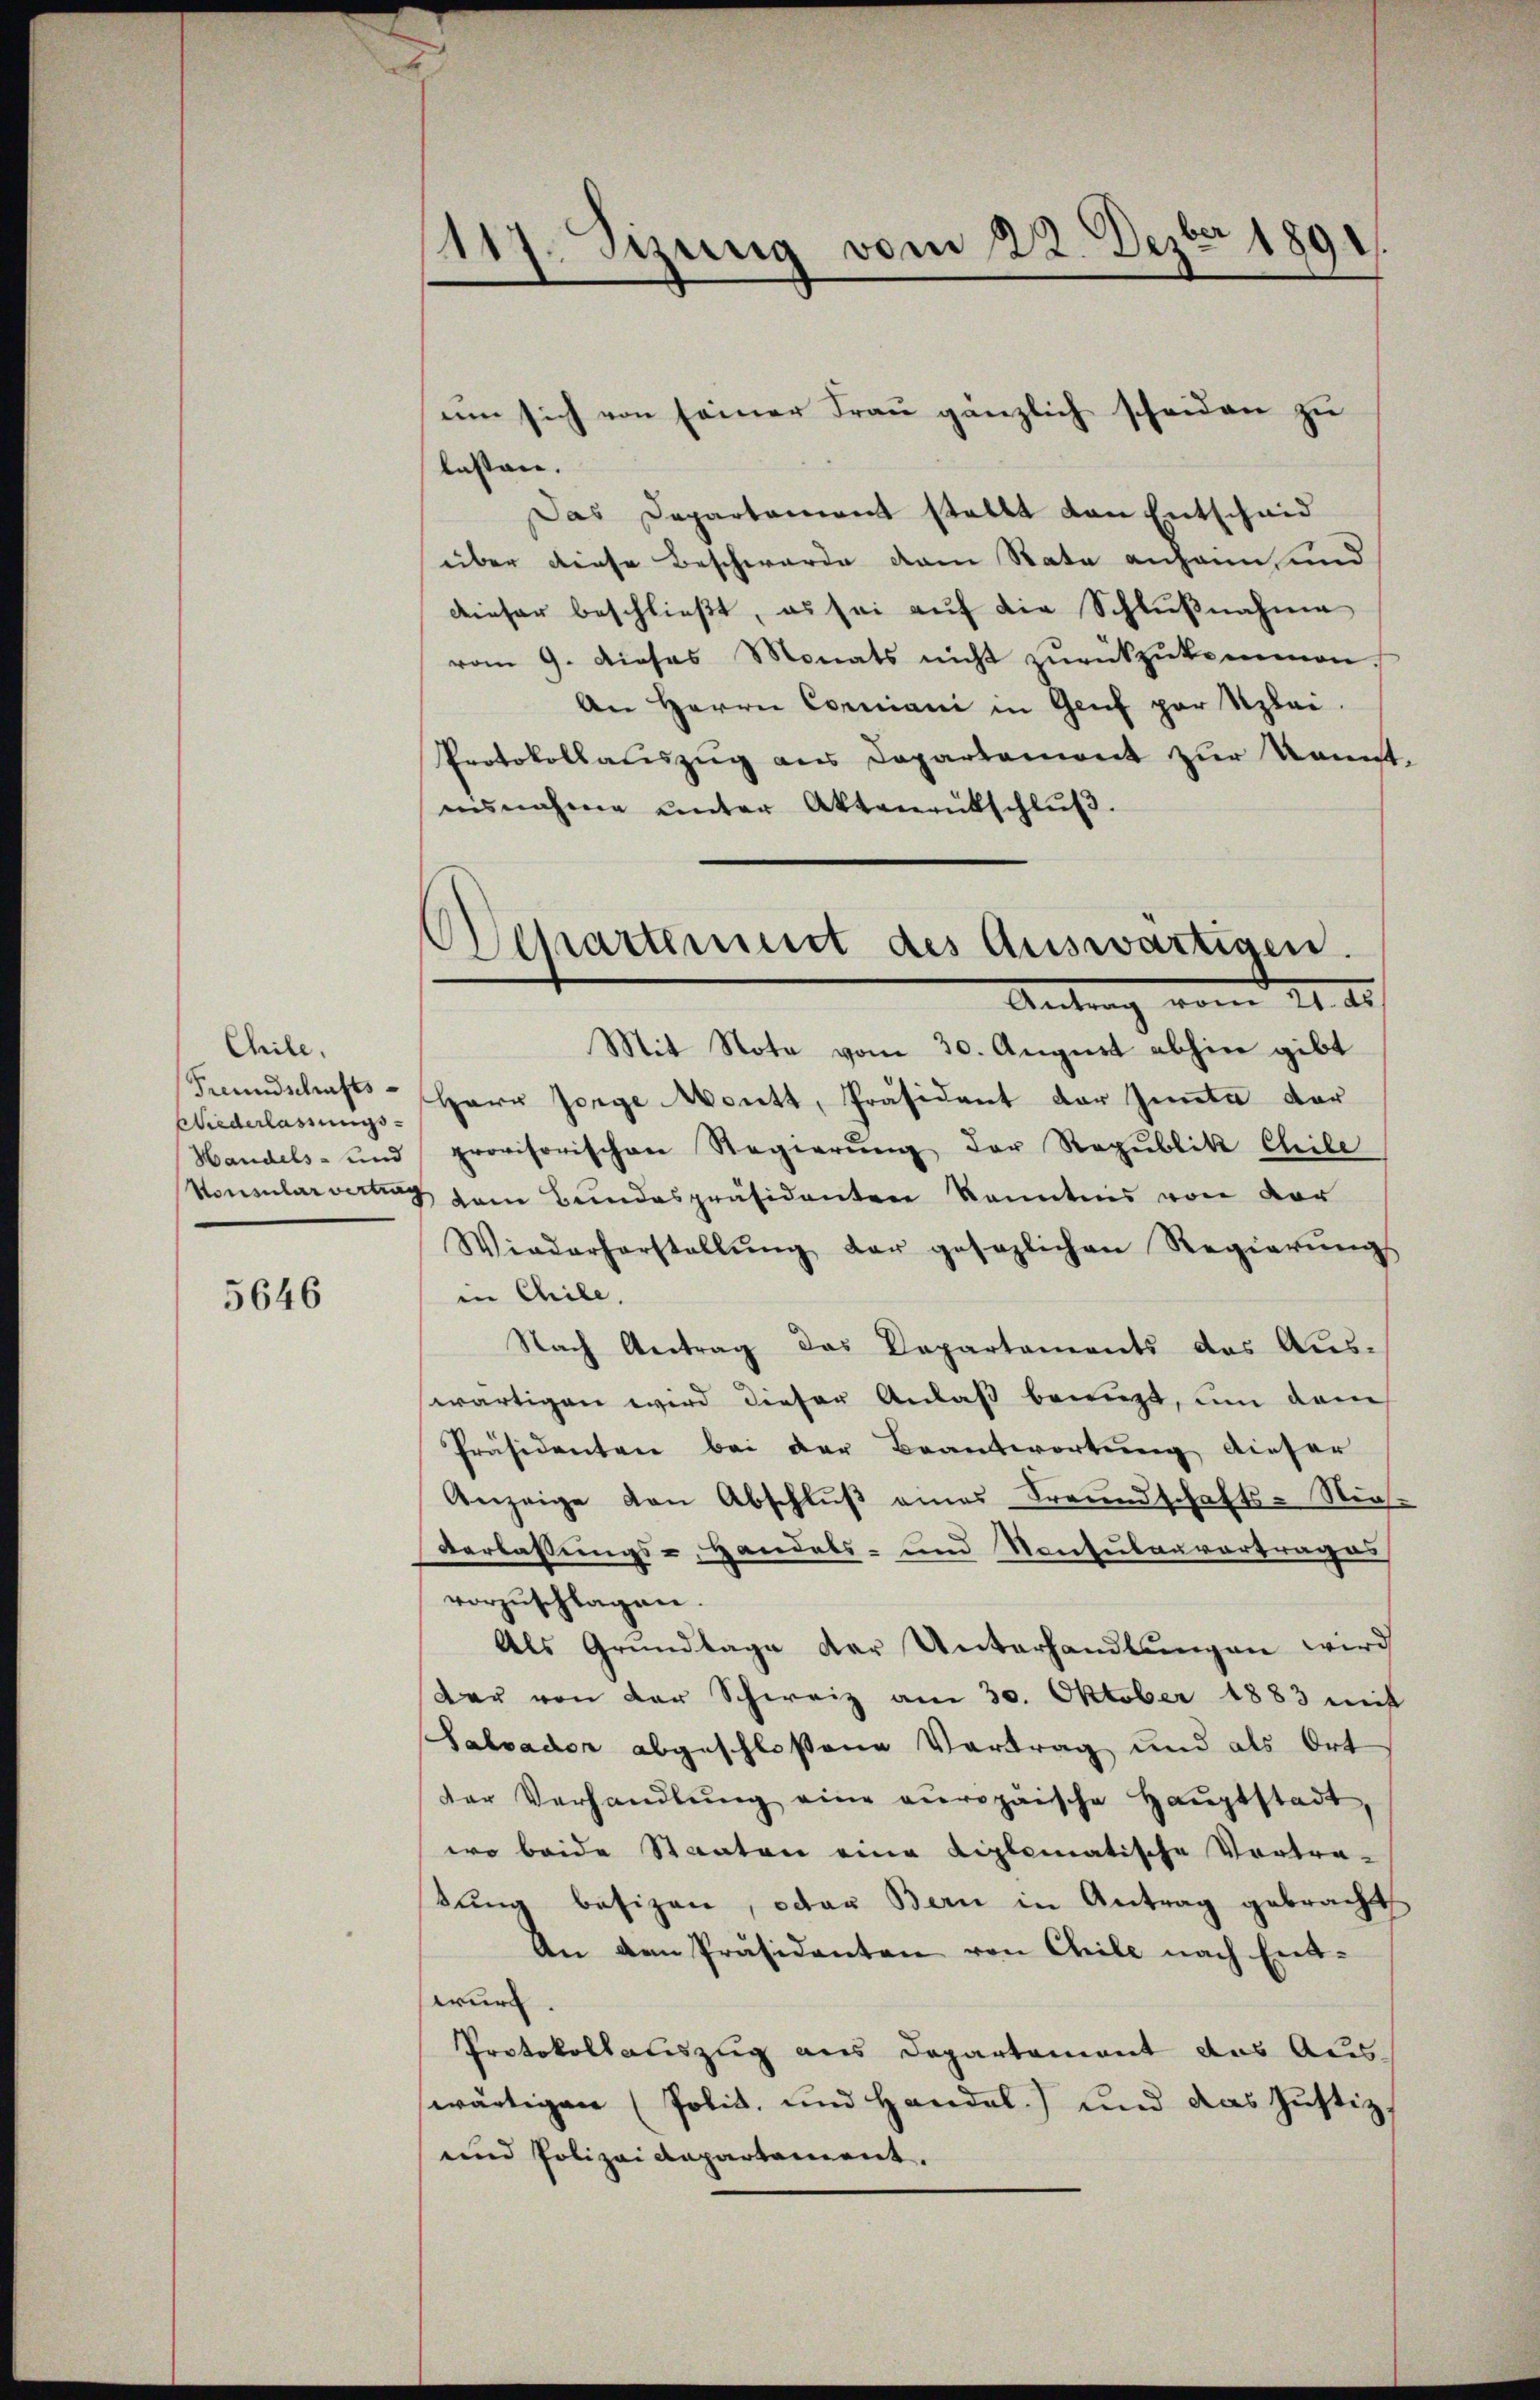
Chile,
Freundschafts-
Wiederlassungs-

5646

1117. Sizung vom 22. Dezbr 1891.

um sich von seiner Frau gänzlich scheiden zu
lasten.
Das Departement stellt von Entscheid
über diese Beschwerde dem Rate anheim und
dieser beschließt, es sei auf die Schlußnahme
vom 9. dieses Monats nicht zŭrückzukommen.
An Herrn Corniani in Genf par Szlai.
Protokollauszug aus Departemont zur kannt,
nisnahme ŭnter Aktenrütschlŭβ.
Mit Note vom 30. August abhin gibt
Herr Jorge Mentt, Präsident der Innte der
Handels- und provisorischen Regierŭng der Regŭblik Chile
Konsularvertung vom Bundespräsidenten kanntnis von der
Wiederherstallŭng der gesezlichen Regierŭngs
in Chile.
Nach Vertrag das Departements des Aus-
wärtigen wird dieser Anlaß benuzt, um dem
Präsidenten bei der Beantwortung dieser
Anzeige von Abschlŭβ eines Freundschafts-Nis-
Verlassungs- Handels- und Konsulanvortrages
vorzuschlagen.
Als Grundtage der Unterhandlungen wird
der von der Schweiz am 30. Oktober 1883 mit
Salvader abgeschloßene Vortrag und als Ort
der Verhandlŭng eine europäische Hauptstadt,
wo beide Staaten eine Liplomatische Vortra-
sung besizen, oder Bern in Antrag gebracht
An dem Präsidenten von Chile nach Ent-
wurf.
Protokollauszug aus Departement das Aus-
wärtigen (Polit. und Handel) und das Justiz,
und Polizeidepartement.

Departement des Auswärtigen.
Antrag vom II. II.